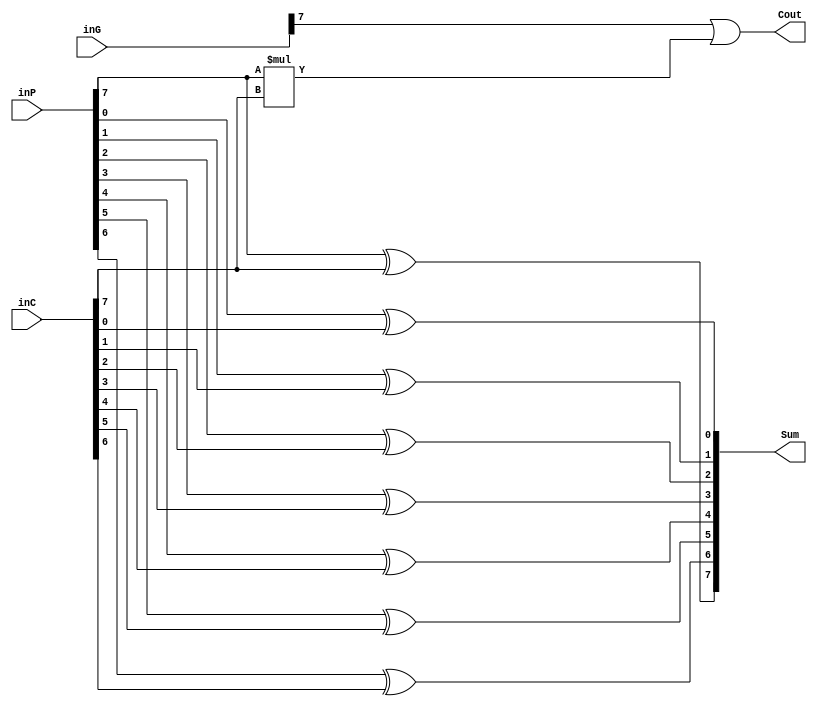
module sum8b(inP, inG, inC, Sum, Cout
	);

	// Assign ports as in/out
	input [7:0] inP, inG, inC;
	output [7:0] Sum;
	output Cout;

	// Logic
	xor(Sum[0], inP[0], inC[0]);
	xor(Sum[1], inP[1], inC[1]);
	xor(Sum[2], inP[2], inC[2]);
	xor(Sum[3], inP[3], inC[3]);
	xor(Sum[4], inP[4], inC[4]);
	xor(Sum[5], inP[5], inC[5]);
	xor(Sum[6], inP[6], inC[6]);
	xor(Sum[7], inP[7], inC[7]);

	// Carry out logic
	// Cout = G[7] | (P[7]*inC[7]);
	assign Cout = inG[7] | (inP[7]*inC[7]);

endmodule